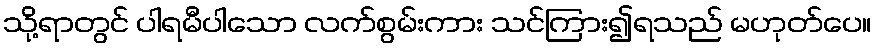
သို့ရာတွင် ပါရမီပါသော လက်စွမ်းကား သင်ကြား၍ရသည် မဟုတ်ပေ။